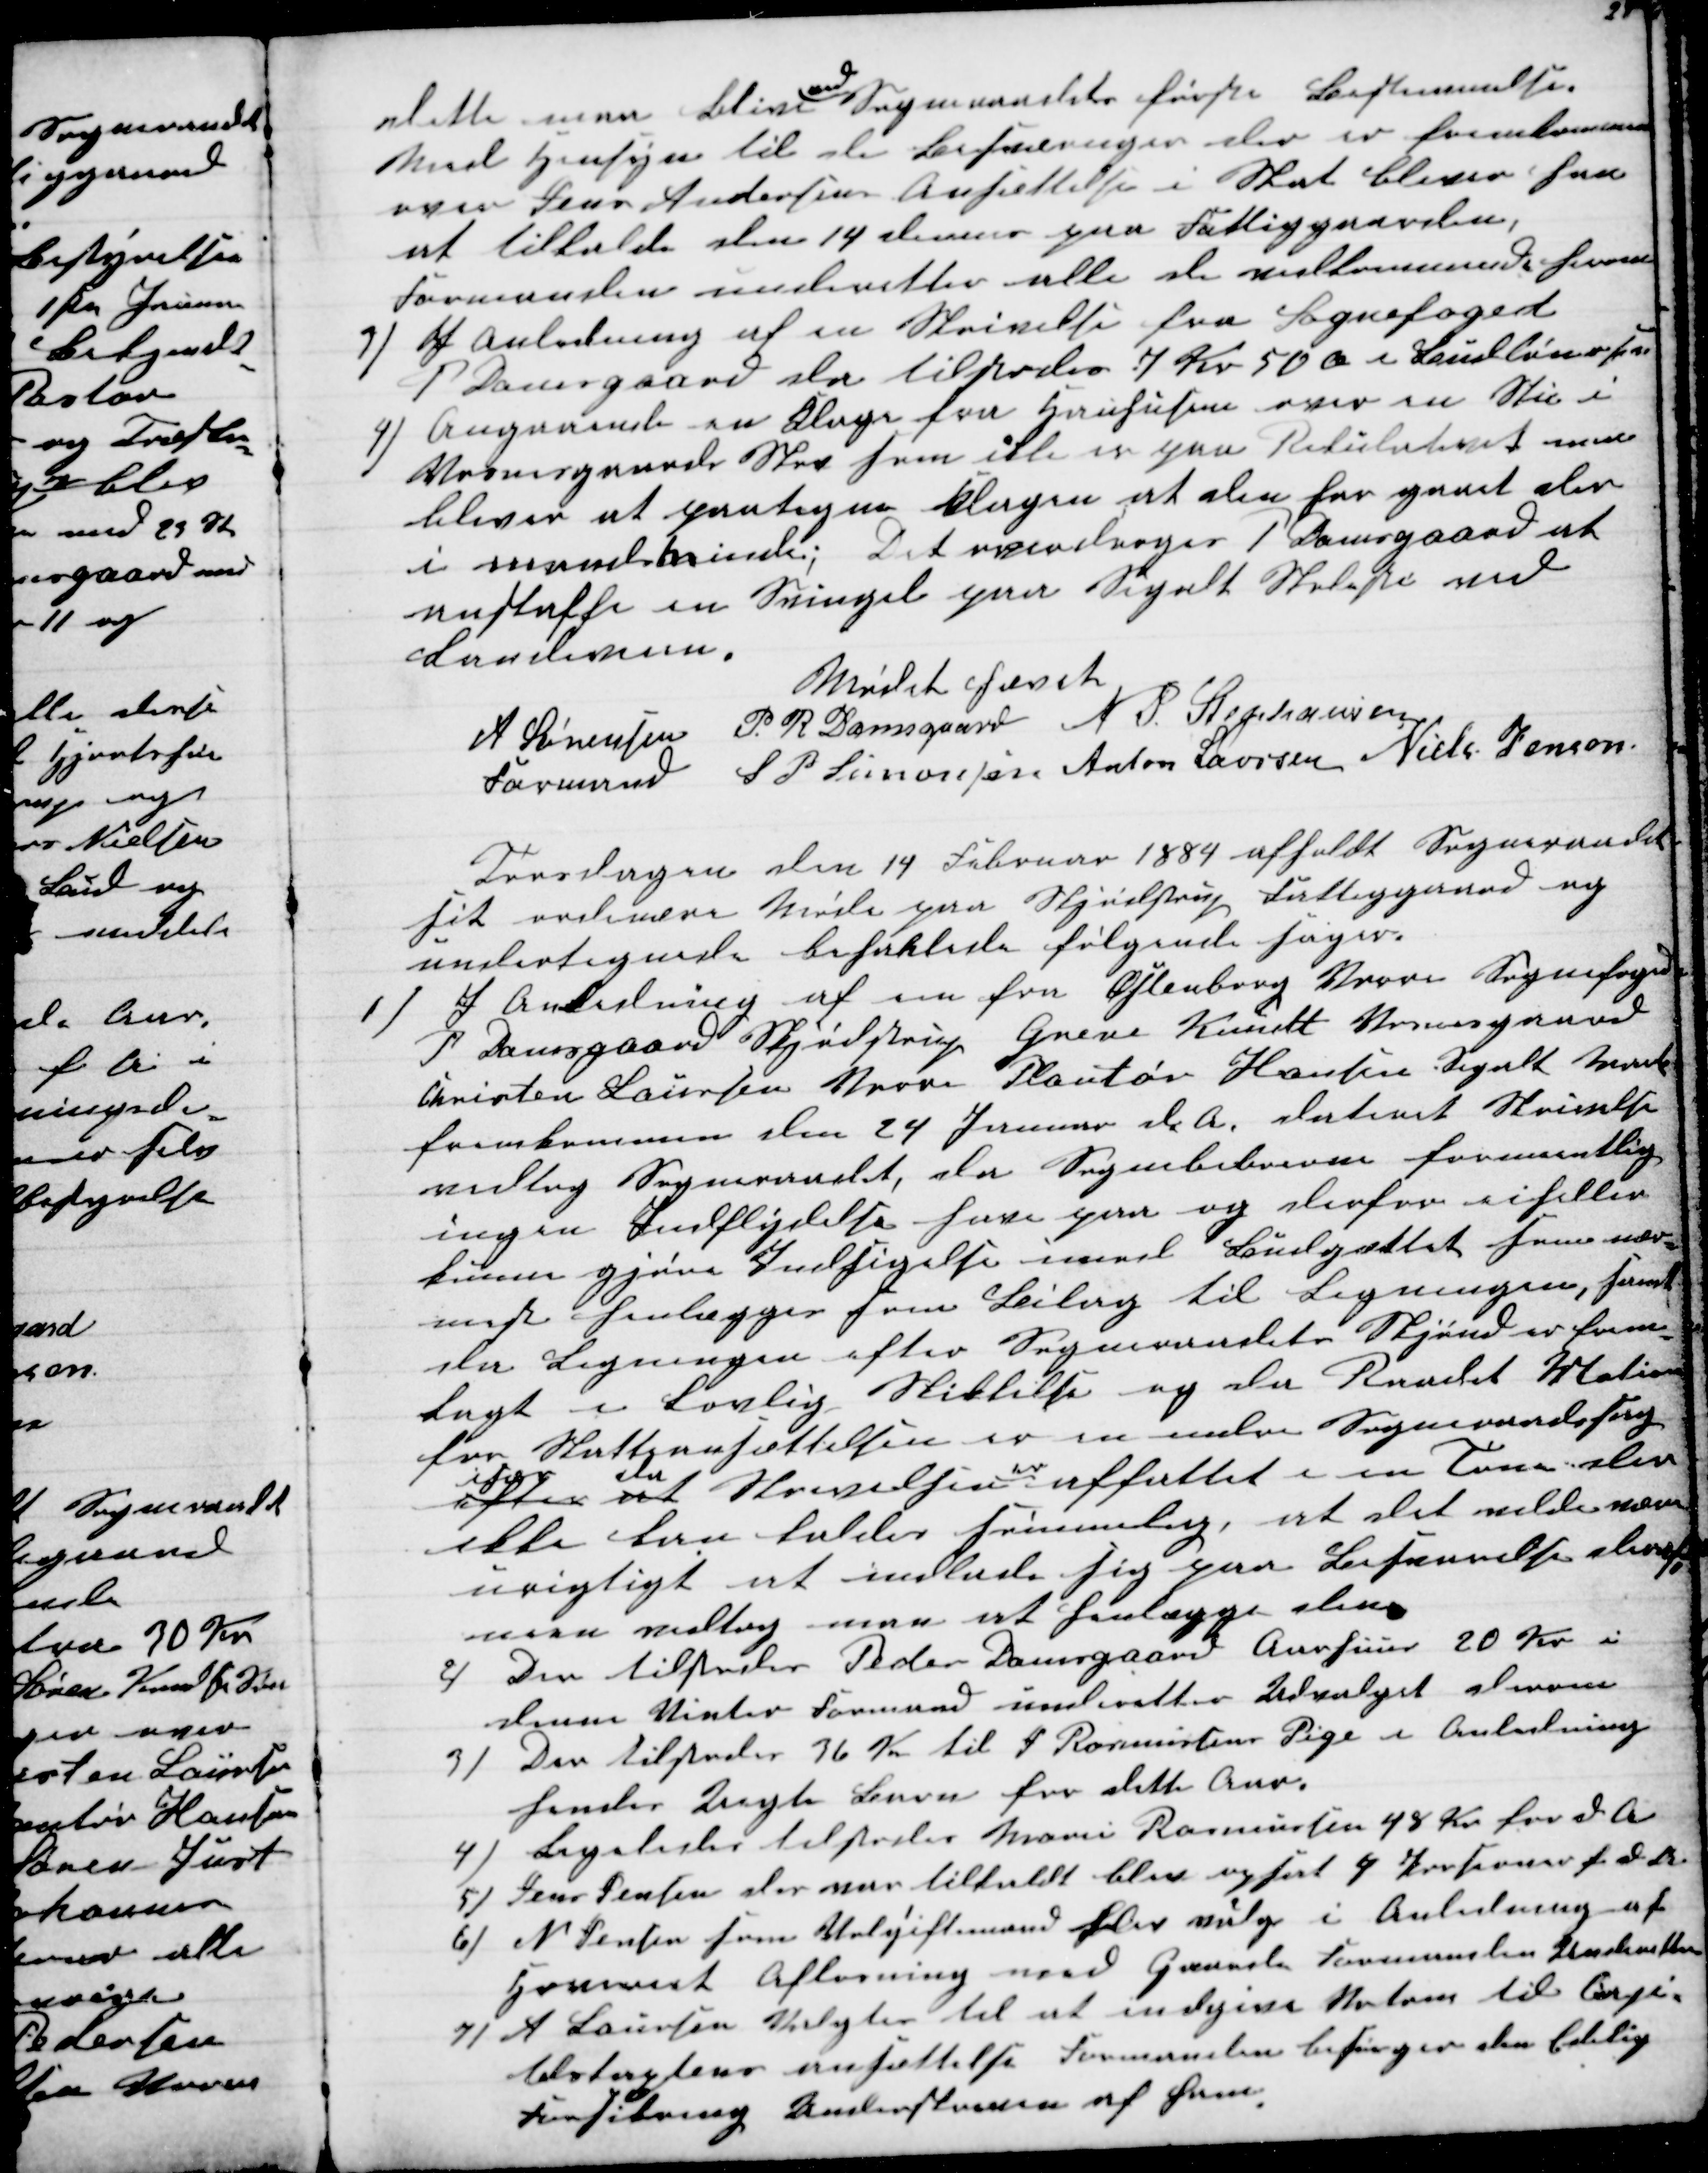
Transskription:
dette maa blive 
ved
Sogneaadets første Bestemmelse
Med Hensyn til de Besværinger der er fremkommen
over Jens Andersens Ansættelse i Skat bliver han
at tilkalde den 14 dennes paa Fattiggaarden,
Formanden underetter alle de velkommende herom
3) I Anledning af en Skrivelse fra Sognefoged
P Damsgaard der tilstodes 7 Kr 50 Ø i Budløn er saa
4) Angaaende en Klage fra Hauhusene over en Stie i
Vosnesgaards Skov som ikke er paa Rekulokort men
bliver at paategne Klagen at den har gaaet der
i mandsminde; Det overdroges P Damsgaard at
anskaffe en Svingel paa Segalt Skolesti ved
Landeveien.
Mødet hævet
A Sørensen 
Formand 
P. R Damsgaard N P. Stephansen
S P Simonsen Anton Laursen Niels Jensen
Torsdagen den 14 Februar 1884 afholdt Sogneraadet
sit ordinære Møde paa Skjødstrup Fattiggaard og
undertegnede behanlede følgende Sager.
1)
I Anledning af en fra Ostenborg Vorre Sognefoged
P Damsgaard Skjødstrup Greve Knudt Vosnesgaard
Christen Laursen Vorre Plantør Hansen Segalt nævnte
fremkommen den 24 Januar d. A. dateret Skrivelse
vedtog Sogneraadet, da Sognebeboerne formentlig
ingen Indflydelse har paa og derfor eiheller
kunne gjøre Indsigelse imod Budgættet som nær-
mest henlægges som Bilag til Ligningen, samt
da Ligningen efter Sogneraadets Skjønd er frem-
lagt i Lovlig Skikkelse og da Raadet 
for Skatteansættelsen er en indre Sogneraadssag
efter
især
at
da
Skrivelsen
er
affattet i en Tone der
ikke kan kaldes sømmelig, at det vilde være
urigtigt at indlade sig paa Besannelse deraf
man vedtog man et henlægge den.
2)
Der tilstodes Peder Damsgaard Aarhuus 20 Kr i
denne Vinter Formand underetter Udvalget derom
3) Der tilstodes 36 Kr til J Rasmussens Pige i Anledning
hendes Uægte Barn for dette Aar.
4) Ligeledes tilstodes Marie Rasmussen 48 Kr for d. A
5) Jens Jensen der var tilkaldt blev opsat 4 Porsioner f d A
6) N Jensen som Volgiftsmand blev valg i Anledning af
Hoveriet Afløsning med Gaarde Formanden Underetter
7) A Laursen valgtes til at indgive Votum til Capi-
telstagtens ansættelse Formanden besørger den Edelig
Forsikring Underskreven af ham.